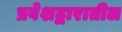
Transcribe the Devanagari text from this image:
प्रवेशद्वारातील